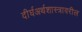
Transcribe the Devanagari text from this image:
दीर्घअर्थशास्त्रावरील